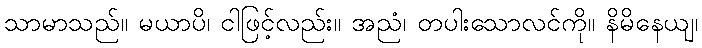
သာမာသည်။ မယာပိ၊ ငါဖြင့်လည်း။ အညံ၊ တပါးသောလင်ကို။ နိမိနေယျ၊